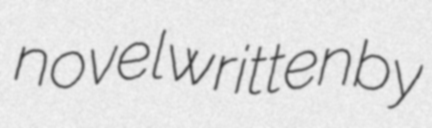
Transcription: novel written by